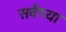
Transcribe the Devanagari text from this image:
सर्वंच्या